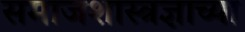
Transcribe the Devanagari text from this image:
समाजशास्त्रज्ञाच्या